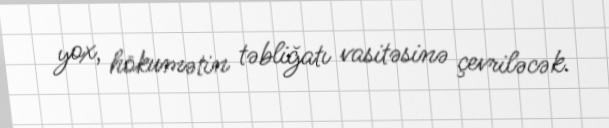
yox, hökumətin təbliğatı vasitəsinə çevriləcək.